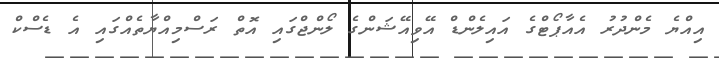
އިއްޔެ މެންދުރު އެއާޕޯޓްގެ އައިލެންޑް އޭވިއޭޝަންގެ ލޯންޖްގައި އޮތް ރަސްމިއްޔާތެއްގައި އެ ޑެސްކް